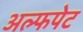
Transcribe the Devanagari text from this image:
अल्फपेट